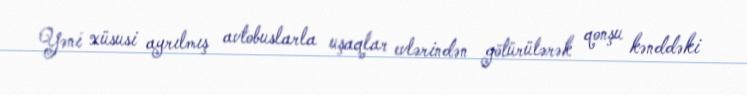
Yəni xüsusi ayrılmış avtobuslarla uşaqlar evlərindən götürülərək qonşu kənddəki